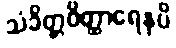
သံခိတ္တဝိတ္ထာရေနပိ